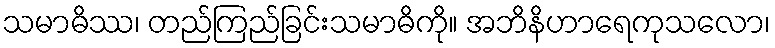
သမာဓိဿ၊ တည်ကြည်ခြင်းသမာဓိကို။ အဘိနိဟာရေကုသလော၊